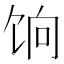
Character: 饷